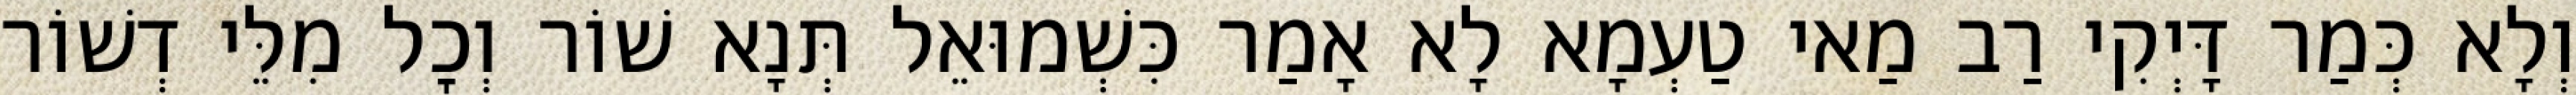
וְלָא כְּמַר דָּיְקִי רַב מַאי טַעְמָא לָא אָמַר כִּשְׁמוּאֵל תְּנָא שׁוֹר וְכׇל מִלֵּי דְשׁוֹר